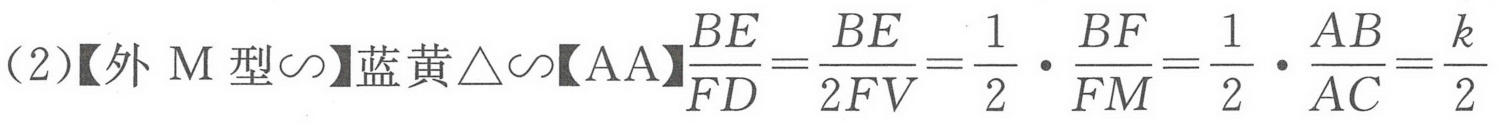
(2)【外M型$\sim$】蓝黄$\triangle\sim$【AA】$\dfrac{BE}{FD}=\dfrac{BE}{2FV}=\dfrac{1}{2}\cdot\dfrac{BF}{FM}=\dfrac{1}{2}\cdot\dfrac{AB}{AC}=\dfrac{k}{2}$